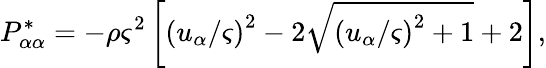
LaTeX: P_{\alpha\alpha}^{*}=-\rho\varsigma^{2}\left[{(u_{\alpha}/\varsigma)}^{2}-2\sqrt{{(u_{\alpha}/\varsigma)}^{2}+1}+2\right],